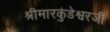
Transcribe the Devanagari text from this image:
श्रीमारकुंडेश्वरजी